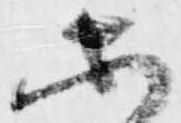
等